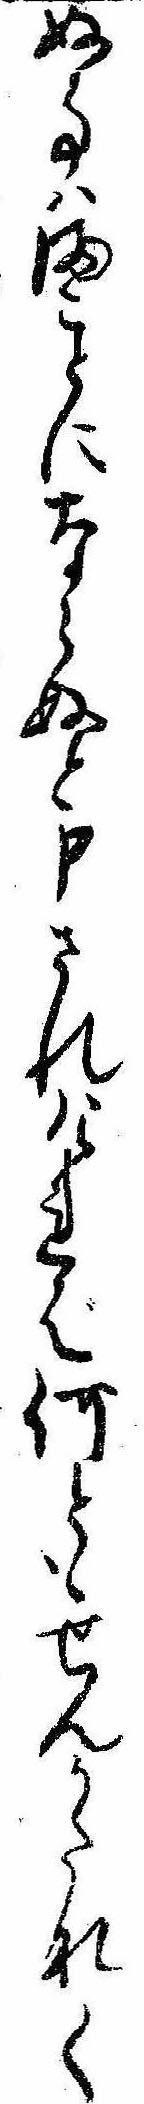
ぬ事はまことにならぬと申されければ何ともせんかたなく